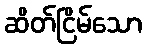
ဆိတ်ငြိမ်သော